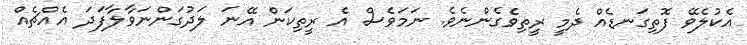
އެކުލެވޭ ފޮތިގަނޑެއް ދެމީ ރީތިވެގެންނެވެ. ނަމަވެސް އެ ރީތިކަން އޭނަ ލަދުގަންނަވާލާފަދަ އެއްޗެއް